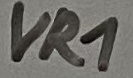
Text: VR1